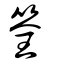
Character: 筌